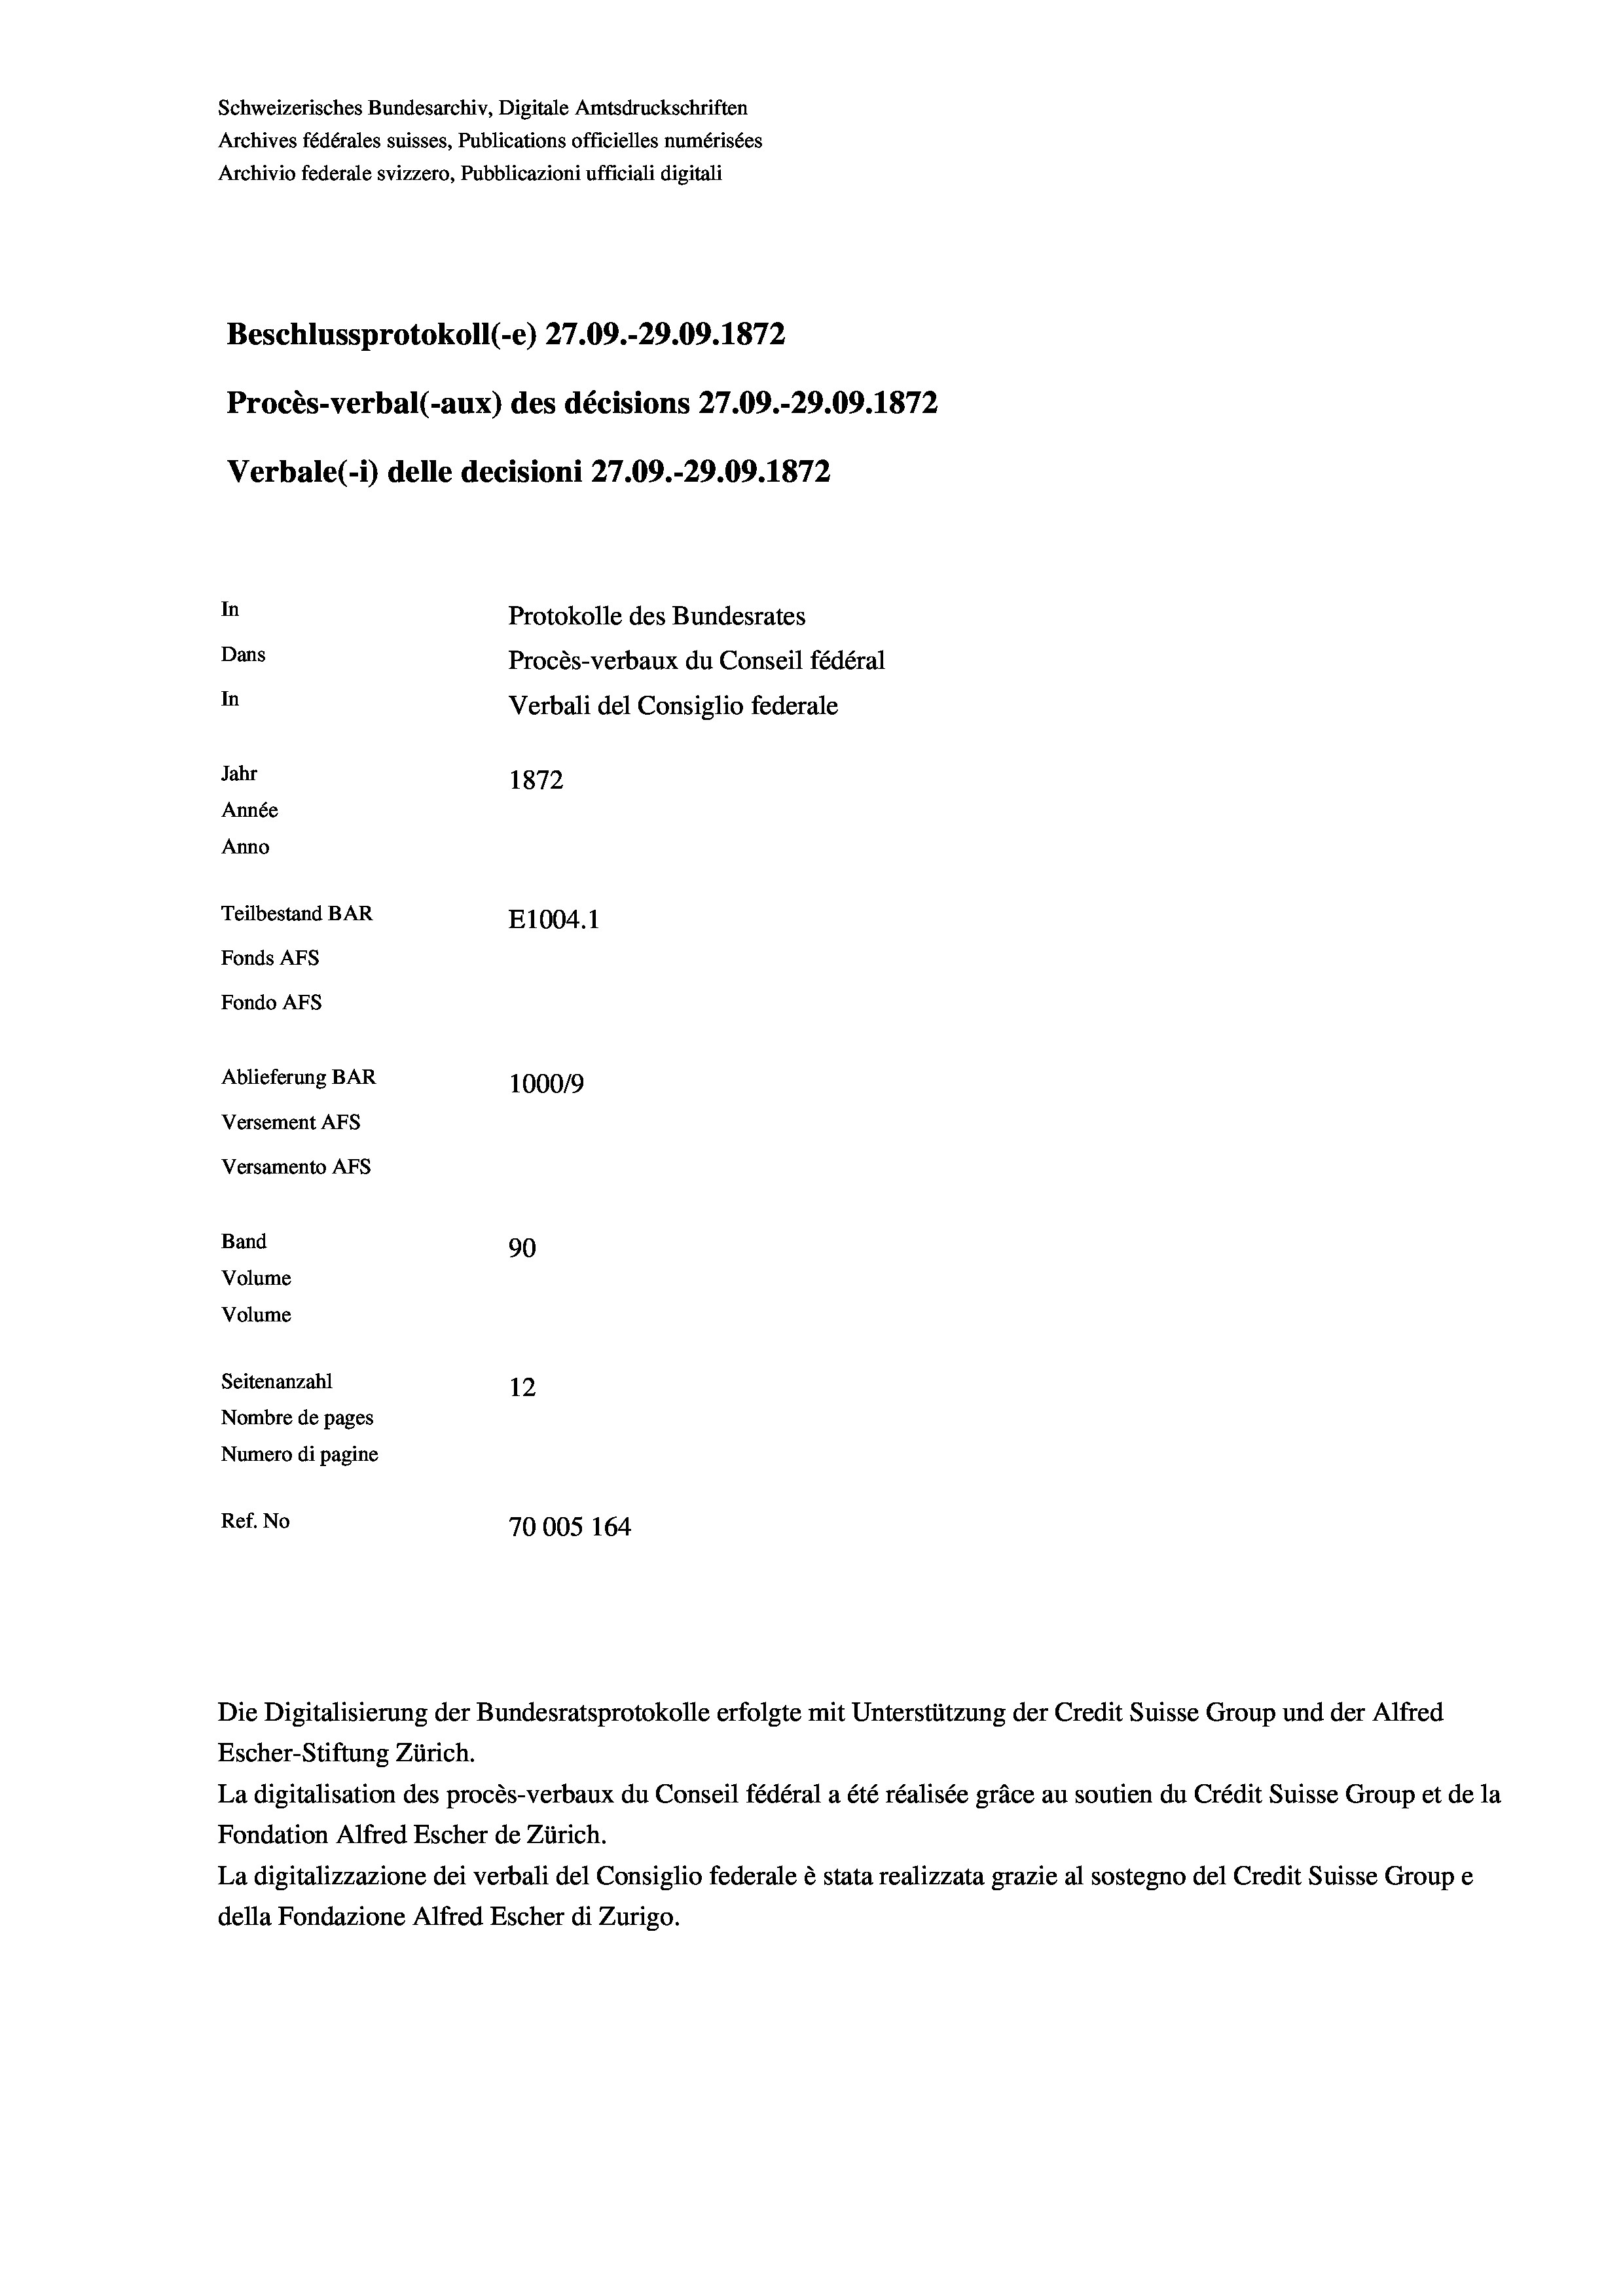
Schweizerisches Bundesarchiv, Digitale Amtsdruckschriften
Archives fédérales suisses, Publications officielles numérisées
Archivio federale svizzero, Pubblicazioni ufficiali digitali
Beschlussprotokoll (-e) 27.09.-29.09. 1872
Procès-verbal (-aux) des décisions 27.09.-29.09. 1872
Verbale (- 1) delle decisioni 27.09.-29.09. 1872
In
Protokolle des Bundesrates
Dans
Procès-verbaux du Conseil fédéral
In
Verbali del Consiglio federale
Jahr
1872
Année
Anno
Teilbestand BAR
E1004. 1
Fonds AFs
Fondo Afs
Ablieferung BAR
100019
Versement AFs
Versamento AFs
Band
90
Volume
Volume
Seitenanzahl
12
Nombre de pages
Numero di pagine
Ref. No
70005 164

Escher-Stiftung Zürich.
La digitalisation des procès-verbaux du Conseil fédéral a été réalisée gräce au soutien du Crédit Suisse Group et de la
Fondation Alfred Escher de Zürich.
La digitalizzazione dei verbali del Consiglio federale è stata realizzata grazie al sostegno del Credit Suisse Groupe
della Fondazione Alfred Escher di Zurigo.

Die Digitalisierung der Bundesratsprotokolle erfolgte mit Unterstützung der Credit Suisse Group und der Alfred